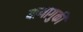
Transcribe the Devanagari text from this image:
यामागुकी